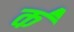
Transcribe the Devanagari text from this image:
क॑